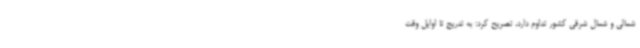
شمالی و شمال شرقی کشور تداوم دارد، تصریح کرد: به تدریج تا اوایل وقت